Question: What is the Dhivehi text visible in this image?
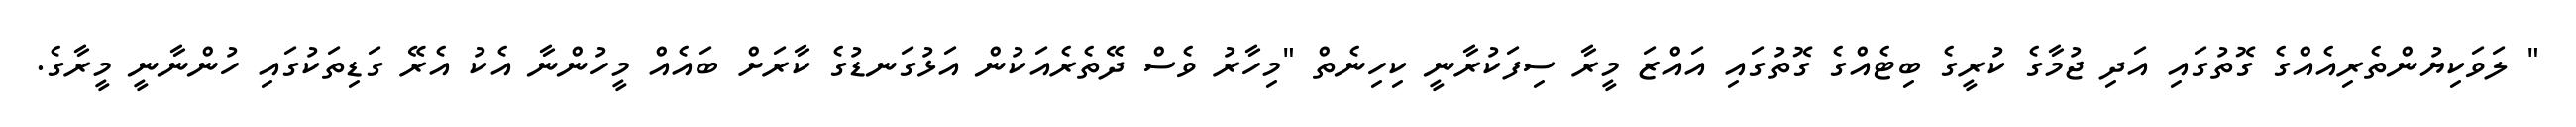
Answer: " ލަވަކިޔުންތެރިއެއްގެ ގޮތުގައި އަދި ޖުމާގެ ކުރީގެ ބިޓެއްގެ ގޮތުގައި އައްޒަ މީރާ ސިފަކުރާނީ ކިހިނެތް "މިހާރު ވެސް ދޭތެރެއަކުން އަޅުގަނޑުގެ ކާރަށް ބައެއް މީހުންނާ އެކު އެރޭ ގަޑިތަކުގައި ހުންނާނީ މީރާގެ.